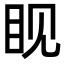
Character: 𪾢